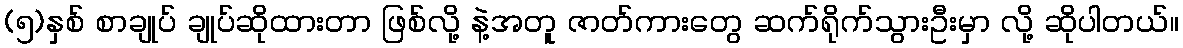
(၅)နှစ် စာချုပ် ချုပ်ဆိုထားတာ ဖြစ်လို့ နဲ့အတူ ဇာတ်ကားတွေ ဆက်ရိုက်သွားဦးမှာ လို့ ဆိုပါတယ်။